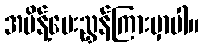
အမိန့်ပေးညွှန်ကြားမှာပါ။